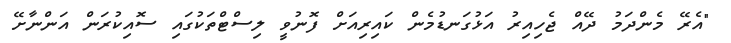
"އެރޭ މެންދަމު ދޭއް ޖެހިއިރު އަޅުގަނޑުމެން ކައިރިއަށް ފޮނުވީ ލިސްޓްތަކުގައި ސޮއިކުރަން އަންނާށޭ